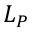
L _ { P }